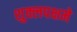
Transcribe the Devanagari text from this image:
शुक्लपक्षमे